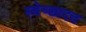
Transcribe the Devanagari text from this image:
स्वेच्छादत्त